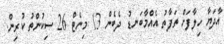
އާދަޔާ ހިލާފަށް ތަފާތު އެއްމާބަނޑު ދެބެން 13 މިނެޓް 26 ސިކުންތު ކުރިން.